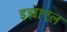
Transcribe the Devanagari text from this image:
इझ्राएल